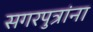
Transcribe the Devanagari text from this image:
सगरपुत्रांना